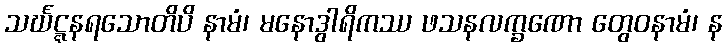
သင်္ဃဋ္ဋနရသောတိပိ နာမံ၊ မနောဒွါရိကဿ ဖသနလက္ခဏော တွေဝနာမံ၊ န